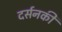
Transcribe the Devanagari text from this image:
दर्सनकी